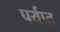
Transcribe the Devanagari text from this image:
पर्यप्त